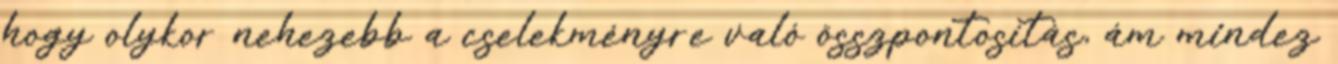
hogy olykor nehezebb a cselekményre való összpontosítás, ám mindez